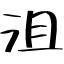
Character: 沮